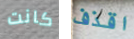
كانت اقذف